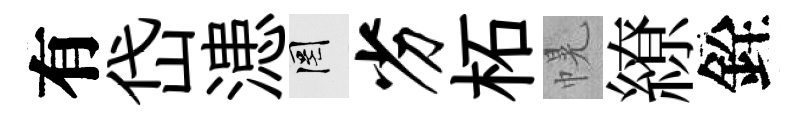
有岱漶罔劣柘幌繚銓